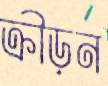
ক্রীড়ন